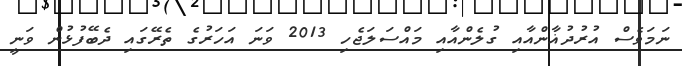
ނަމަވެސް އުރުދުޣާންއާއި ގުލެންއާއި މައްސަލަޖެހި 2013 ވަނަ އަހަރުގެ ތެރޭގައި ދެބޭފުޅުން ވަނީ